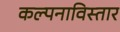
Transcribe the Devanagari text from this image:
कल्पनाविस्तार